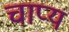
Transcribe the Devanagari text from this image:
चाप्य